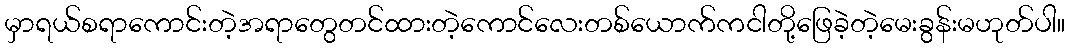
မှာရယ်စရာကောင်းတဲ့အရာတွေတင်ထားတဲ့ကောင်လေးတစ်ယောက်ကငါတို့ဖြေခဲ့တဲ့မေးခွန်းမဟုတ်ပါ။